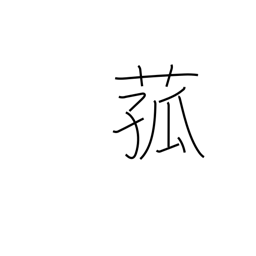
Meaning: reed used for matting